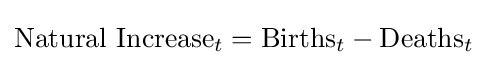
{\text{Natural Increase}}_{t}={\text{Births}}_{t}-{\text{Deaths}}_{t}